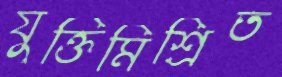
যুক্তিমিশ্রিত